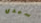
سيدي